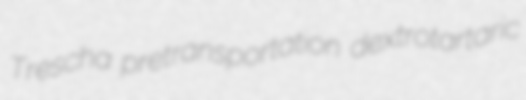
Trescha pretransportation dextrotartaric